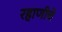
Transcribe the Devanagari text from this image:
रहाणीचे